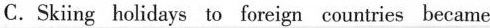
C.Skiing holidays to foreign countrics became